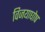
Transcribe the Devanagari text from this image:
विजयाघोष